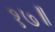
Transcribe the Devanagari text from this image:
१७॥